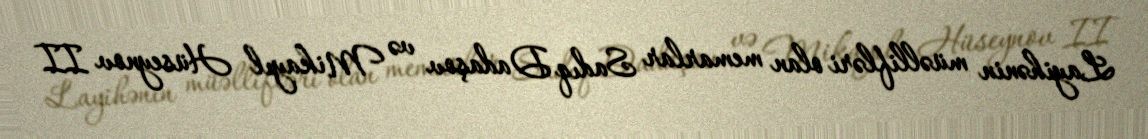
Layihənin müəllifləri olan memarlar Sadıq Dadaşov və Mikayıl Hüseynov II